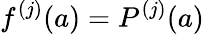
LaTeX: f^{(j)}(a)=P^{(j)}(a)